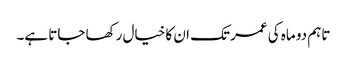
تاہم دو ماہ کی عمر تک ان کا خیال رکھا جاتا ہے۔